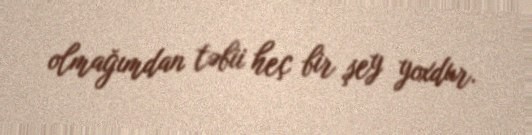
olmağımdan təbii heç bir şey yoxdur.